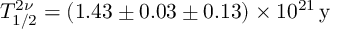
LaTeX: T _ { 1 / 2 } ^ { 2 \nu } = ( 1 . 4 3 \pm 0 . 0 3 \pm 0 . 1 3 ) \times { 1 0 ^ { 2 1 } } \, \mathrm { y }